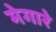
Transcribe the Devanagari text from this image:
मेगारे